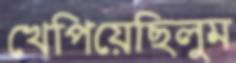
খেপিয়েছিলুম